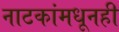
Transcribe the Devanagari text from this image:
नाटकांमधूनही